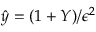
\hat { y } = ( 1 + Y ) / { \epsilon ^ { 2 } }